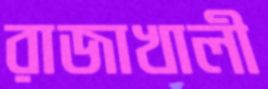
রাজাখালী